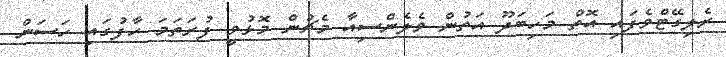
ރެލިގޭޓްވެފައި އޮތް މަހިބަދޫ އަތުން ވެލެންސިއާ މެޗުން މޮޅުވީ ފުރަތަމަ ހާފުގައި ހަސަން